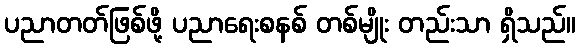
ပညာတတ်ဖြစ်ဖို့ ပညာရေးစနစ် တစ်မျိုး တည်းသာ ရှိသည်။